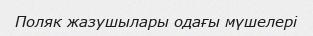
Поляк жазушылары одағы мүшелері